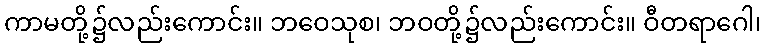
ကာမတို့၌လည်းကောင်း။ ဘဝေသုစ၊ ဘဝတို့၌လည်းကောင်း။ ဝီတရာဂေါ၊